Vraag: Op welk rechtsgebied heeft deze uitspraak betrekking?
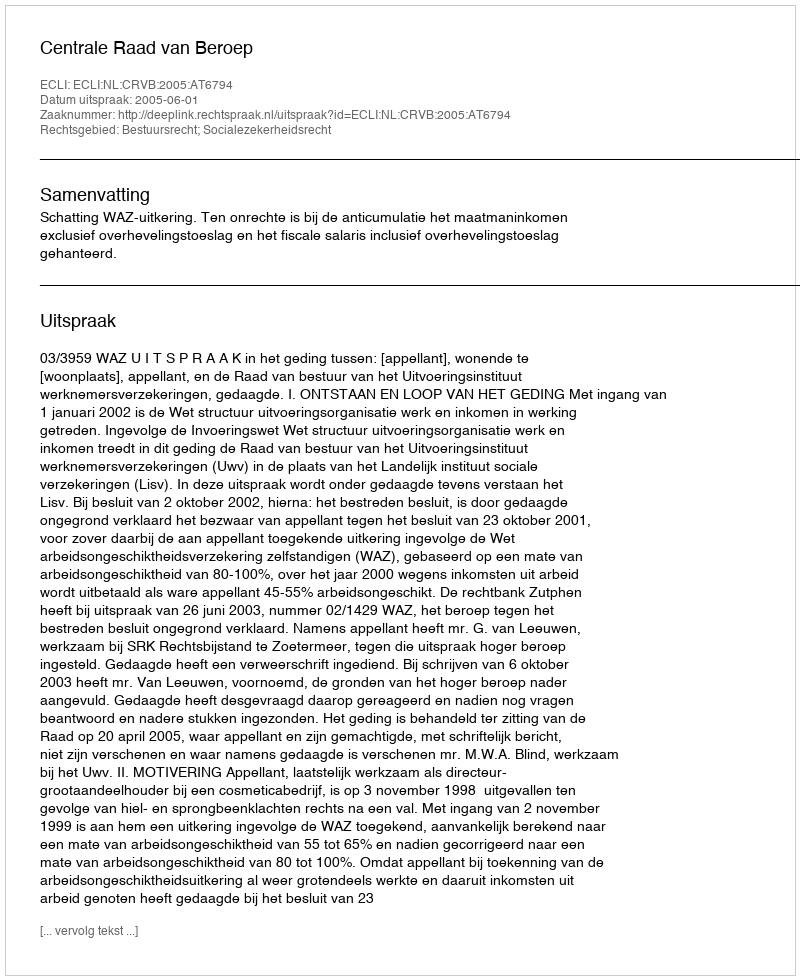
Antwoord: Bestuursrecht; Socialezekerheidsrecht